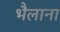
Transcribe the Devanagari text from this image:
भैलाना